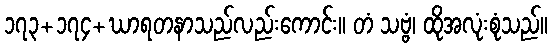
၁၇၃+၁၇၄+ဃာရတနာသည်လည်းကောင်း။ တံ သဗ္ဗံ၊ ထိုအလုံးစုံသည်။